Report of the King Institute of Preventive Medicine, Guindy
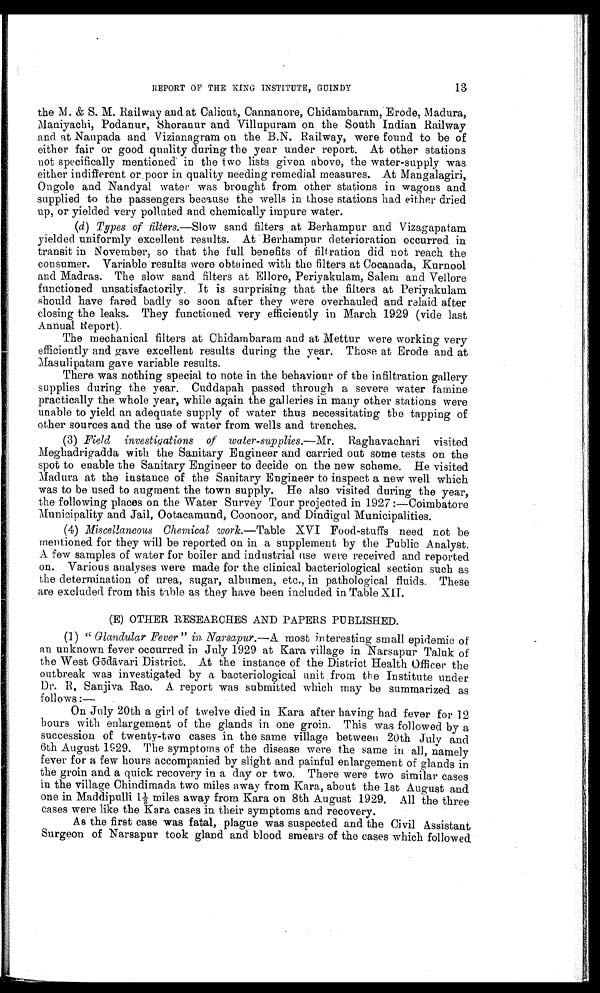
REPORT OP THE KING INSTITUTE, GUINDY
i3
the M. & S. M. Railway and at Calicut, Cannanore, Chidambaram, Erode, Madura,
Maniyachi, Podanur, Shoranur and. Villupuram on the South Indian Railway
and at Naupada and Vizianagram on the B.N. Railway, were found to be of
either fair or good quality during the year under report. At other stations
not specifically mentioned in the two lists given above, the water-supply was
either indifferent or poor in quality needing remedial measures. At Mangalagiri,
Ongole and Nanclyal water was brought from other stations in wagons and
supplied to the passengers because the wells in those stations had either dried
up, or yielded very polluted and chemically impure water.
(d ) Types of filters.—Slow sand filters at Berhampur and Vizagapatam
yielded uniformly excellent results. At Berhampur deterioration occurred in
transit in November, so that the full benefits of filtration did not reach the
consumer. Variable results were obtained with the filters at Cocanada, Kurnool
and Madras. The slow sand filters at Ellore, Periyakulam, Salem and Vellore
functioned unsatisfactorily. It is surprising that the filters at Periyakulam
should have fared badly so soon after they were overhauled and ralaid after
closing the leaks. They functioned very efficiently in March 1929 (vide last
Annual Report).
The mechanical filters at Chidambaram and at Mettur were working very
efficiently and gave excellent results during the year. Those at Erode and at
Masulipatam gave variable results.
There was nothing special to note in the behaviour of the infiltration gallery
supplies during the year. Cuddapah passed through a severe water famine
practically the whole year, while again the galleries in many other stations were
unable to yield an adequate supply of water thus necessitating the tapping of
other sources and the use of water from wells and trenches.
(3) Field investigations of water-supplies.— Mr. Raghavachari visited
Meghadrigadda with the Sanitary Engineer and carried out sòme tests on the
spot to enable the Sanitary Engineer to decide on the new scheme. He visited
Madura at the instance of the Sanitary Engineer to inspect a new well which
was to be used to augment the town supply. He also visited during the year,
the following places on the Water Survey Tour projected in 1927 :—Coimbatore
Municipality and Jail, Ootacamund, Coonoor, and Dindigul Municipalities.
(4) Miscellaneous Chemical work.—Table XVI Food-stuffs need not be
mentioned for they will be reported on in a supplement by the Public Analyst.
A few samples of water for boiler and industrial use were received and reported
on. Various analyses were made for the clinical bacteriological section such as
the determination of urea, sugar, albumen, etc., in pathological fluids. These
are excluded from this table as they have been included in Table XII.
(E) OTHER RESEARCHES AND PAPERS PUBLISHED.
(1) " Glandular Fever" in Narsapur.—A most interesting small epidemic of
an unknown fever occurred in July 1929 at Kara village in
interesting
Taluk of
the West Gōdā vari District. At the instance of the District Health Officer the
outbreak was investigated by a bacteriological unit from the Institute under
Dr. R. Sanjiva Rao. A. report was submitted which may be summarized as
follows:—
On July 20th a girl of twelve died in Kara after having had fever for 12
hours with enlargement of the glands in one groin. This was followed by a
succession of twenty-two cases in the same village between 20th July and
6th August The symptoms of the disease were the same in all, namely
fever for a few hours accompanied by slight and painful enlargement of glands in
the groin and a quick recovery in a day or two. There were two similar cases
in the village Chindimada two miles away from Kara, about the 1st August and
one i n Maddi pul l i 11/ 2 mi l es away f r om Kar a on 8t h Augus t 1929. Al l t he t hr ee
cases were like the Kara cases in their symptoms and recovery.
As the first case was fatal, plague was suspected and the Civil Assistant
Surgeon of Narsapur took gland and blood smears of the cases which followed.